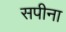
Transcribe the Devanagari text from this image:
सपीना